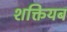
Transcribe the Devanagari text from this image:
शक्तियब